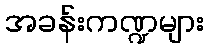
အခန်းကဏ္ဍများ